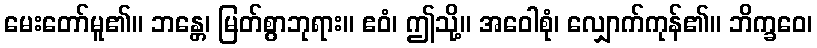
မေးတော်မူ၏။ ဘန္တေ၊ မြတ်စွာဘုရား။ ဧဝံ၊ ဤသို့။ အဝေါစုံ၊ လျှောက်ကုန်၏။ ဘိက္ခဝေ၊